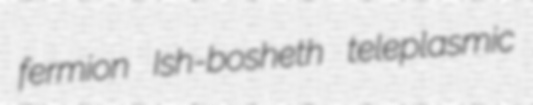
fermion Ish-bosheth teleplasmic